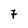
Character: 7